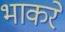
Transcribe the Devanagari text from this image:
भाकरे